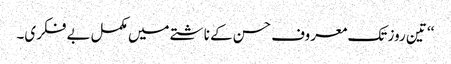
‘‘ تین روز تک معروف حسن کے ناشتے میں مکمل بے فکری۔